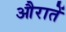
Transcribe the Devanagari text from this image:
औरातें